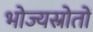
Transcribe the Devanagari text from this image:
भोज्यस्रोतों